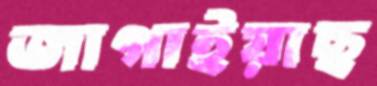
জাগাইয়াছ